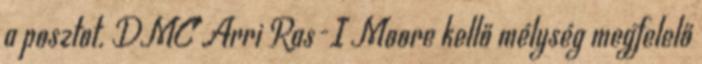
a posztot. DMC Arri Ras-I Moore kellő mélység megfelelő